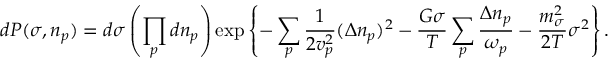
d P ( \sigma , n _ { p } ) = d \sigma \left( \prod _ { p } d n _ { p } \right) \exp \left\{ - \sum _ { p } { \frac { 1 } { 2 { v } _ { p } ^ { 2 } } } ( \Delta n _ { p } ) ^ { 2 } - { \frac { G \sigma } { T } } \sum _ { p } { \frac { \Delta n _ { p } } { \omega _ { p } } } - { \frac { m _ { \sigma } ^ { 2 } } { 2 T } } \sigma ^ { 2 } \right\} .